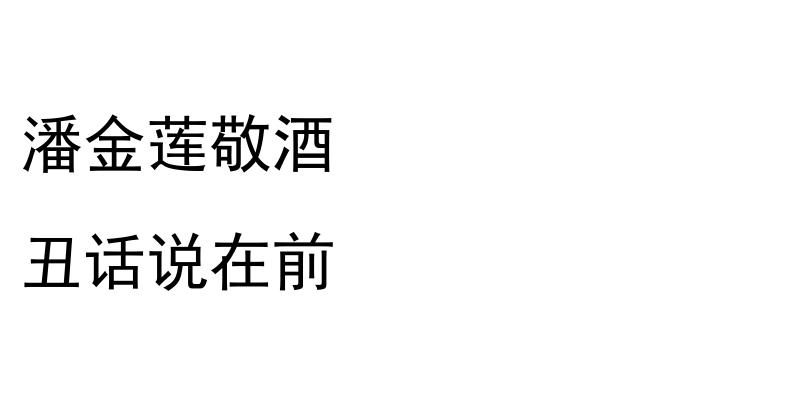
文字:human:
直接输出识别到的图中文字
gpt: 潘金莲敬酒 丑话说在前